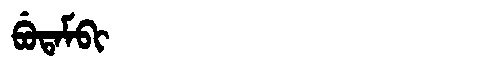
Manchu: ᠪᡠᡨᠠᠮᠪᡳ
Romanization: BUTAMBI